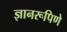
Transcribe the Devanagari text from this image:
ज्ञानरूपिणे